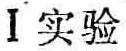
I 实验